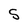
Character: S